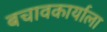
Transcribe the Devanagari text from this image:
बचावकार्याला